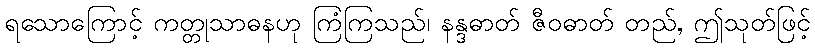
ရသောကြောင့် ကတ္တုသာဓနဟု ကြံကြသည်၊ နန္ဒဓာတ် ဇီဝဓာတ် တည်, ဤသုတ်ဖြင့်